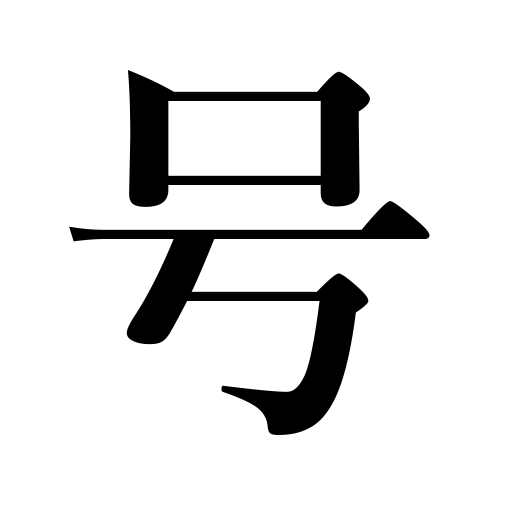
Meanings: pseudonym,title,number,item,Buddhist name